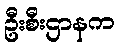
ဦးစီးဌာနက